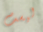
ليست